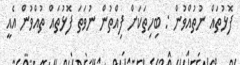
ފޮޅުތައް ނުތުއްވުން : ބިހިތަކަށް ފިއްތުން ނުވަތަ ފޮޅުތައް ތުއްވުން އެއީ